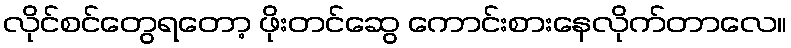
လိုင်စင်တွေရတော့ ဖိုးတင်ဆွေ ကောင်းစားနေလိုက်တာလေ။